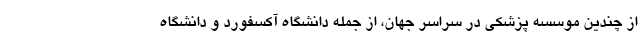
از چندین موسسه پزشکی در سراسر جهان، از جمله دانشگاه آکسفورد و دانشگاه